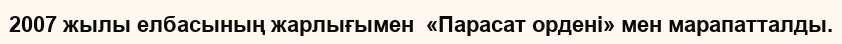
2007 жылы елбасының жарлығымен  «Парасат ордені» мен марапатталды.